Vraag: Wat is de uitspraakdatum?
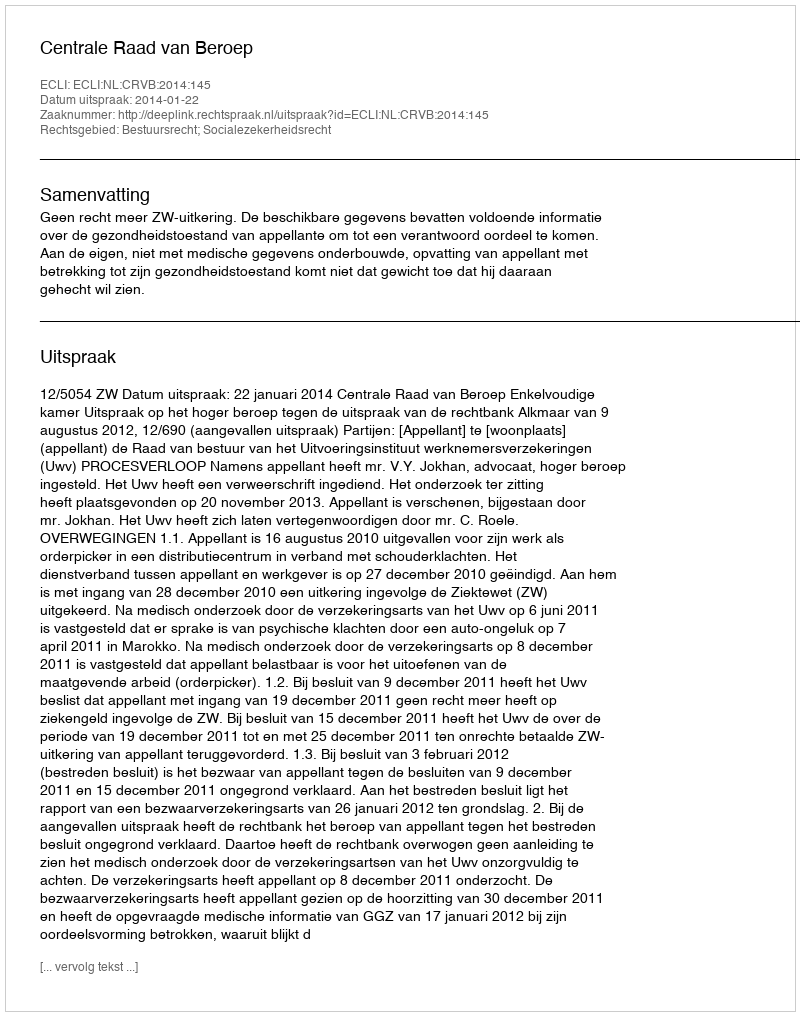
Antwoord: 2014-01-22